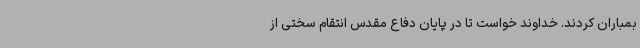
بمباران کردند. خداوند خواست تا در پایان دفاع مقدس انتقام سختی از